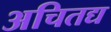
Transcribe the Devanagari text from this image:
अचितद्य